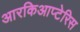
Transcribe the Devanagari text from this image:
आरकिआप्टेरिस